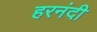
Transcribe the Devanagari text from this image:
हरनंदी